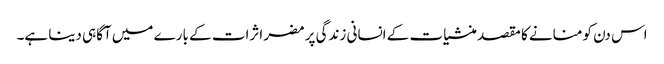
اس دن کو منانے کا مقصد منشیات کے انسانی زندگی پر مضر اثرات کے بارے میں آگاہی دینا ہے۔